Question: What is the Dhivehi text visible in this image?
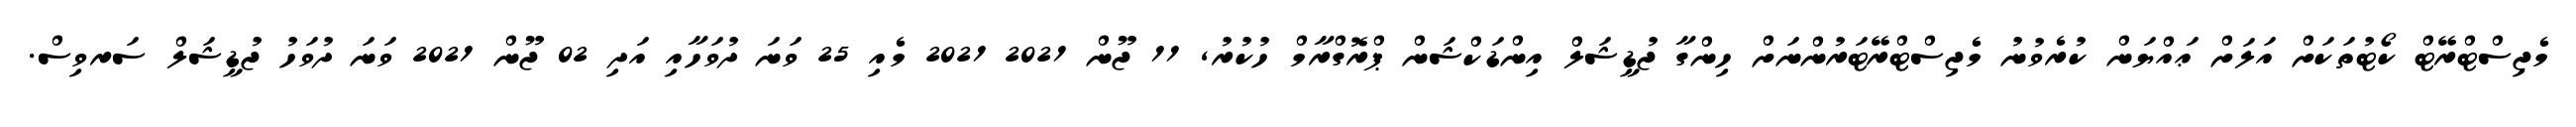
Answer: މެޖިސްޓްރޭޓް ކޯޓުތަކަށް އަލަށް ޢައްޔަން ކުރެވުނު މެޖިސްޓްރޭޓަރުންނަށް ހިންގާ ޖުޑީޝަލް އިންޑަކްޝަން ޕްރޮގްރާމް ހުކުރު, 11 ޖޫން 2021 2021 މެއި 25 ވަނަ ދުވަހާއި އަދި 02 ޖޫން 2021 ވަނަ ދުވަހު ޖުޑީޝަލް ސަރވިސް.